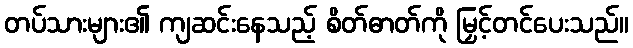
တပ်သားများ၏ ကျဆင်းနေသည့် စိတ်ဓာတ်ကို မြှင့်တင်ပေးသည်။